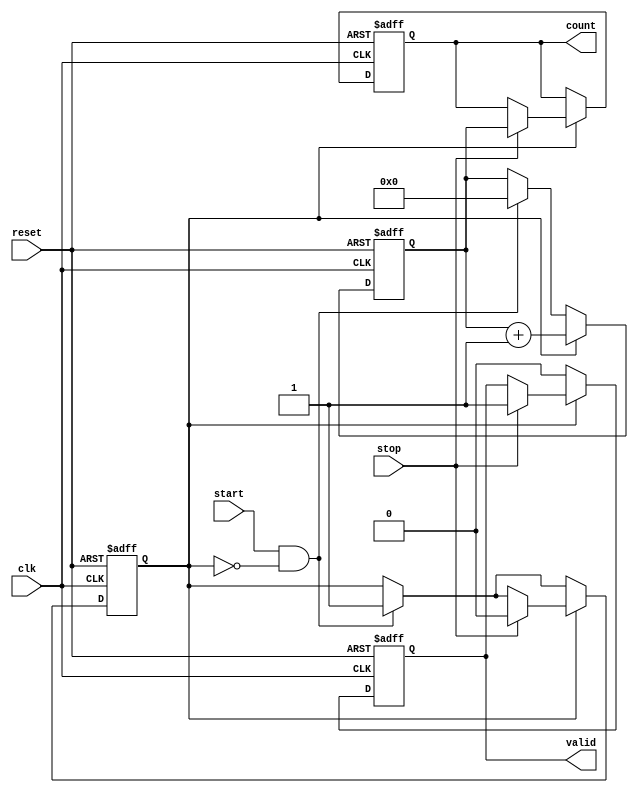
module TimeToDigitalConverter (
    input wire clk,            // System clock
    input wire reset,          // Reset signal
    input wire start,          // Start signal
    input wire stop,           // Stop signal
    output reg [N-1:0] count,  // Count output
    output reg valid           // Indicates valid count output
);

// Parameterization of counter width
parameter N = 16;  // Bit width of the counter
parameter MEM_SIZE = 8; // Number of measurements to store

reg [N-1:0] counter;                     // Counter for clock cycles
reg [N-1:0] memory [0:MEM_SIZE-1];      // Memory blocks to store counts
reg [2:0] mem_index;                     // Memory index for storing counts
reg counting;                            // State of counting

// State machine for counting
always @(posedge clk or posedge reset) begin
    if (reset) begin
        counter <= 0;
        count <= 0;
        valid <= 0;
        counting <= 0;
        mem_index <= 0;
    end else begin
        if (start && !counting) begin
            // Start counting on falling edge
            counting <= 1;
            counter <= 0;  // Reset the counter
        end
        
        if (counting) begin
            // Increment the counter while counting
            counter <= counter + 1;
            // Stop counting on rising edge of stop
            if (stop) begin
                counting <= 0;  // Stop counting
                count <= counter; // Capture final count
                valid <= 1;      // Indicate valid count
                // Store the count into memory
                memory[mem_index] <= counter; // Save count in memory
                if (mem_index < MEM_SIZE - 1)
                    mem_index <= mem_index + 1; // Increment storage index
                else
                    mem_index <= 0;  // Reset index to overwrite
            end
        end else begin
            valid <= 0; // Reset valid output when not counting
        end
    end
end

endmodule